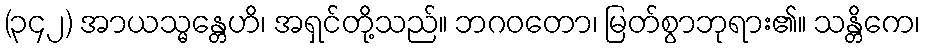
(၃၄၂) အာယသ္မန္တေဟိ၊ အရှင်တို့သည်။ ဘဂဝတော၊ မြတ်စွာဘုရား၏။ သန္တိကေ၊